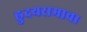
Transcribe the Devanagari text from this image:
ह्रुदयरामाचा